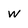
Character: w